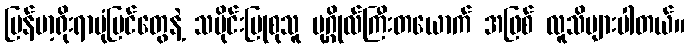
မြန်မာ့ရိုးရာပုံပြင်တွေနဲ့ သမိုင်းပြုစုသူ ပုဂ္ဂိုလ်ကြီးတယောက် အဖြစ် လူသိများပါတယ်။